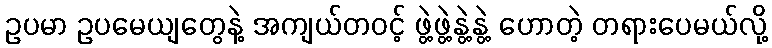
ဥပမာ ဥပမေယျတွေနဲ့ အကျယ်တဝင့် ဖွဲ့ဖွဲ့နွဲ့နွဲ့ ဟောတဲ့ တရားပေမယ်လို့